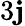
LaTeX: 3\mathbf{j}